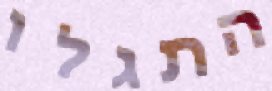
התגלו